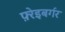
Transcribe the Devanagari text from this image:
फ़्रेइबर्गर